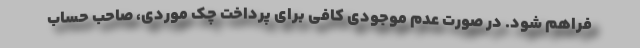
فراهم شود. در صورت عدم موجودی کافی برای پرداخت چک موردی، صاحب حساب